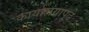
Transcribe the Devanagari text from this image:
कार्यालयापुढे